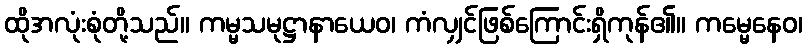
ထိုအလုံးစုံတို့သည်။ ကမ္မသမုဋ္ဌာနာယေဝ၊ ကံလျှင်ဖြစ်ကြောင်းရှိကုန်၏။ ကမ္မေနေဝ၊